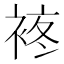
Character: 𧚕